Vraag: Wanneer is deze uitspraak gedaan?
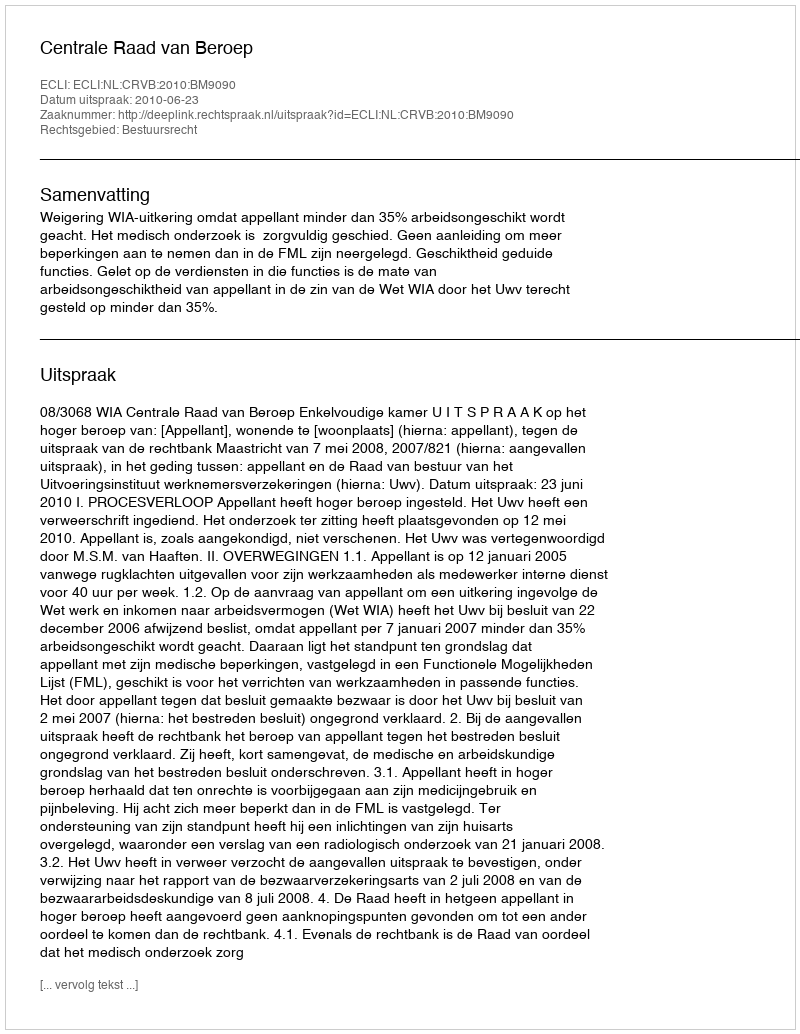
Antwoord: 2010-06-23